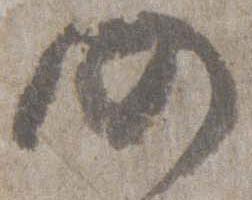
仍